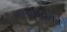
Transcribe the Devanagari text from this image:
मनसबदारांचे